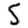
Digit: 5